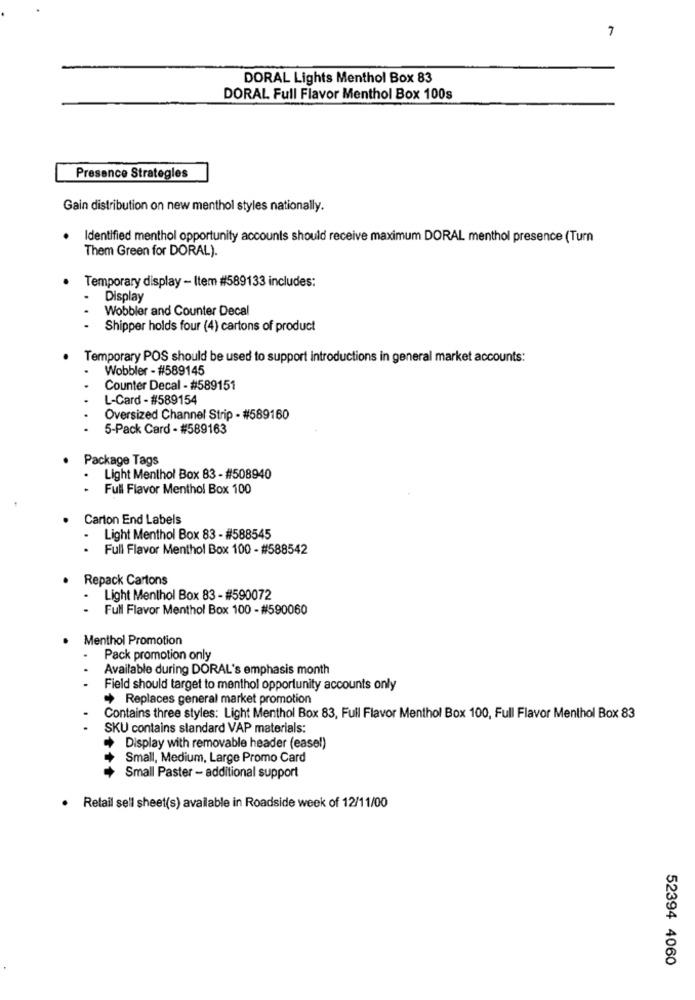
7
DORAL Lights Menthol Box 83
DORAL Full Flavor Menthol Box 100s
Presence Strategies
Gain distribution on new menthol styles nationally.
Identified menthol opportunity accounts should receive maximum DORAL menthol presence (Turn
Them Green for DORAL).
Temporary display - Item #589133 includes:
.
Display
Wobbler and Counter Decal
Shipper holds four (4) cartons of product
Temporary POS should be used to support introductions in general market accounts:
Wobbler - #589145
Counter Decal - #589151
L-Card - #589154
Oversized Channel Strip - #589160
5-Pack Card - #589163
Package Tags
Light Menthol Box 83 - #508940
- Full Flavor Menthol Box 100
Carton End Labels
- Light Menthol Box 83 - #588545
. Full Flavor Menthol Box 100 - #588542
Repack Cartons
Light Menthol Box 83 - #590072
- Full Flavor Menthol Box 100 - #590060
Menthol Promotion
Pack promotion only
Available during DORAL's emphasis month
. .
Field should target to menthol opportunity accounts only
+ Replaces general market promotion
Contains three styles: Light Menthol Box 83, Full Flavor Menthol Box 100, Full Flavor Menthol Box 83
SKU contains slandard VAP materials:
+ Display with removable header (easel)
Small, Medium, Large Promo Card
Small Paster - additional support
. Retail sell sheet(s) available in Roadside week of 12/11/00
52394 4060